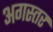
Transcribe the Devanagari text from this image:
अगस्तर